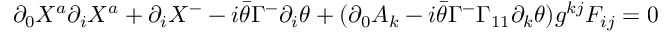
\partial _ { 0 } X ^ { a } \partial _ { i } X ^ { a } + \partial _ { i } X ^ { - } - i \bar { \theta } \Gamma ^ { - } \partial _ { i } \theta + ( \partial _ { 0 } A _ { k } - i \bar { \theta } \Gamma ^ { - } \Gamma _ { 1 1 } \partial _ { k } \theta ) g ^ { k j } F _ { i j } = 0